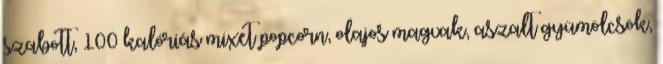
szabott, 100 kalóriás mixet popcorn, olajos magvak, aszalt gyümölcsök,